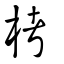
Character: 栲